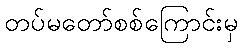
တပ်မတော်စစ်ကြောင်းမှ